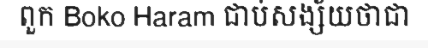
ពួក Boko Haram ជាប់សង្ស័យថាជា